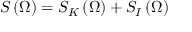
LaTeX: S \left( \Omega \right) = S _ { K } \left( \Omega \right) + S _ { I } \left( \Omega \right)